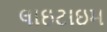
લાઇટાઇમ